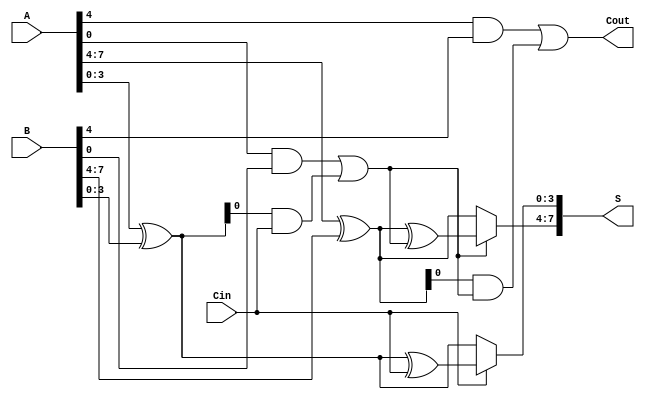
module han_carlson_adder #(
    parameter N = 8,        // Total bit width of inputs
    parameter SEG_WIDTH = 4 // Width of each segment
)(
    input [N-1:0] A,       // First n-bit input
    input [N-1:0] B,       // Second n-bit input
    input Cin,             // Carry-in
    output [N-1:0] S,      // n-bit sum output
    output Cout            // Carry-out
);

    // Number of segments
    localparam NUM_SEG = N / SEG_WIDTH;

    // Internal signals
    wire [SEG_WIDTH-1:0] P[0:NUM_SEG-1]; // Partial sums assuming Cin=0
    wire [SEG_WIDTH-1:0] G[0:NUM_SEG-1]; // Generates assuming Cin=0
    wire [SEG_WIDTH-1:0] P1[0:NUM_SEG-1]; // Partial sums assuming Cin=1
    wire [SEG_WIDTH-1:0] G1[0:NUM_SEG-1]; // Generates assuming Cin=1
    wire [NUM_SEG-1:0] C; // Carry-out from each segment
    wire [NUM_SEG:0] Ctemp; // Carry propagation wires

    // Calculate partial sums and generates for each segment
    genvar i;
    generate
        for (i = 0; i < NUM_SEG; i = i + 1) begin : segment
            // Calculate partial sums and generates
            assign P[i] = A[i*SEG_WIDTH +: SEG_WIDTH] ^ B[i*SEG_WIDTH +: SEG_WIDTH];
            assign G[i] = A[i*SEG_WIDTH +: SEG_WIDTH] & B[i*SEG_WIDTH +: SEG_WIDTH];
            assign P1[i] = P[i] ^ Ctemp[i];
            assign G1[i] = G[i] | (P[i] & Ctemp[i]);
        end
    endgenerate

    // Carry propagation
    assign Ctemp[0] = Cin;

    generate
        for (i = 0; i < NUM_SEG; i = i + 1) begin : carry_propagation
            assign Ctemp[i+1] = G[i] | (P[i] & Ctemp[i]);
        end
    endgenerate

    // Final sum computation with multiplexers
    generate
        for (i = 0; i < NUM_SEG; i = i + 1) begin : final_sum
            assign S[i*SEG_WIDTH +: SEG_WIDTH] = Ctemp[i] ? P1[i] : P[i];
        end
    endgenerate

    // Final carry output
    assign Cout = Ctemp[NUM_SEG];

endmodule